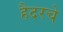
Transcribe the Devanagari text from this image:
हैदरचे